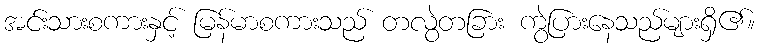
အင်းသားစကားနှင့် မြန်မာစကားသည် တလွဲတခြား ကွဲပြားနေသည်များရှိ၏။